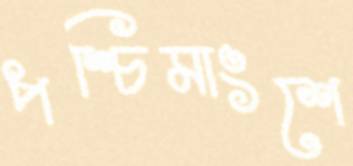
পশ্চিমাংশে